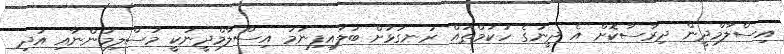
އިސްލާމްދީން ދިރާސާކޮށް އެ ދީނުގެ ހުކުމްތައް ރަނގަޅަށް ބަލައިފިނަމަ އިސްލާމްދީނަކީ މުސްލިމުންނާއި އަދި